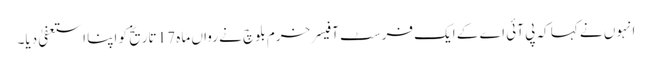
انہوں نے کہا کہ پی آئی اے کے ایک فرسٹ آفیسر خرم بلوچ نے رواں ماہ 17 تاریخ کو اپنا استعفیٰ دیا۔